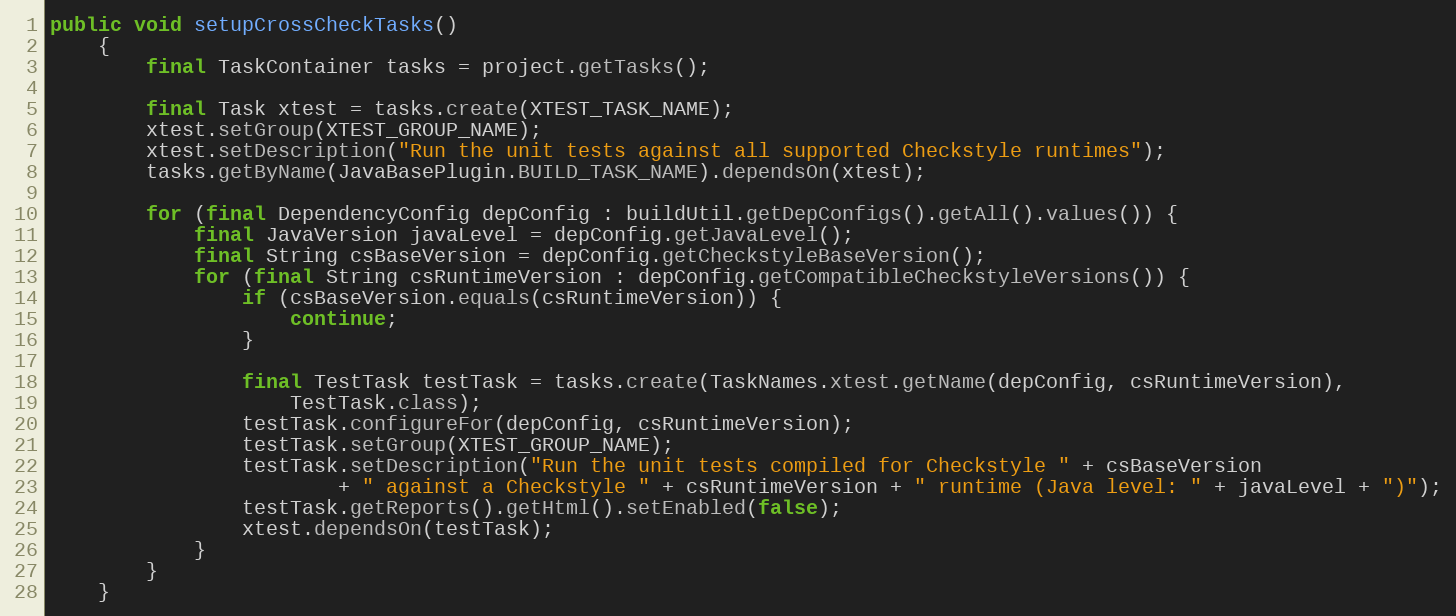
Language: Java
public void setupCrossCheckTasks()
    {
        final TaskContainer tasks = project.getTasks();

        final Task xtest = tasks.create(XTEST_TASK_NAME);
        xtest.setGroup(XTEST_GROUP_NAME);
        xtest.setDescription("Run the unit tests against all supported Checkstyle runtimes");
        tasks.getByName(JavaBasePlugin.BUILD_TASK_NAME).dependsOn(xtest);

        for (final DependencyConfig depConfig : buildUtil.getDepConfigs().getAll().values()) {
            final JavaVersion javaLevel = depConfig.getJavaLevel();
            final String csBaseVersion = depConfig.getCheckstyleBaseVersion();
            for (final String csRuntimeVersion : depConfig.getCompatibleCheckstyleVersions()) {
                if (csBaseVersion.equals(csRuntimeVersion)) {
                    continue;
                }

                final TestTask testTask = tasks.create(TaskNames.xtest.getName(depConfig, csRuntimeVersion),
                    TestTask.class);
                testTask.configureFor(depConfig, csRuntimeVersion);
                testTask.setGroup(XTEST_GROUP_NAME);
                testTask.setDescription("Run the unit tests compiled for Checkstyle " + csBaseVersion
                        + " against a Checkstyle " + csRuntimeVersion + " runtime (Java level: " + javaLevel + ")");
                testTask.getReports().getHtml().setEnabled(false);
                xtest.dependsOn(testTask);
            }
        }
    }